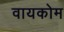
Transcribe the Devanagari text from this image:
वायकोम